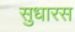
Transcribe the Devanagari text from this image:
सुधारस